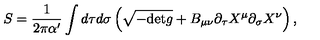
S = \frac { 1 } { 2 \pi \alpha ^ { \prime } } \int d \tau d \sigma \left( \sqrt { - \mathrm { d e t } g } + B _ { \mu \nu } \partial _ { \tau } X ^ { \mu } \partial _ { \sigma } X ^ { \nu } \right) ,